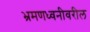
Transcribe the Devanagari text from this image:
भ्रमणध्वनीवरील